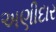
અણીદાર